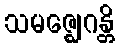
သမဇ္ဈေဂန္တိ